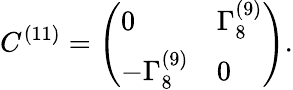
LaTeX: C^{(11)}=\left(\begin{array}{ll}{{0}}&{{\Gamma_{8}^{(9)}}}\\ {{-\Gamma_{8}^{(9)}}}&{{0}}\end{array}\right).